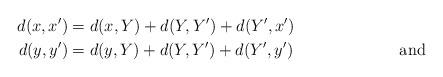
LaTeX: \begin{align*}d(x,x') &= d(x,Y)+d(Y,Y')+d(Y',x')\\\tag*{and} d(y,y') &= d(y,Y)+d(Y,Y')+d(Y',y') \end{align*}